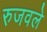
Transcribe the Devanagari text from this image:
रुजवले